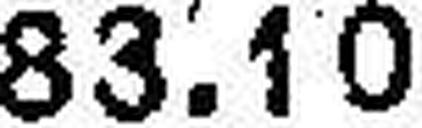
83.10